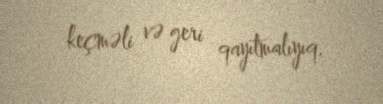
keçməli və geri qayıtmalıyıq.